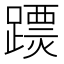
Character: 𨅟